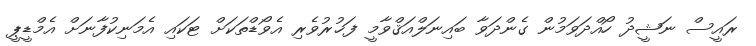
ރައީސް ނަޝީދު ހޯއްދަވަމުން ގެންދަވާ ބައިނަލްއަޤްވާމީ ފަޚުރުވެރި އެވޯޑްތަކަށް ޓަކައި އެމަނިކުފާނަށް އެމްޑީޕީ